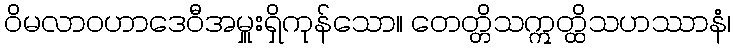
ဝိမလာဝဟာဒေဝီအမှူးရှိကုန်သော။ တေတ္တိသဣတ္ထိသဟဿာနံ၊